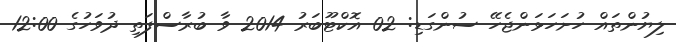
ލިޔުންތައް ހުށަހަޅަންޖެހޭ ސުންގަޑި: 02 އޮކްޓޫބަރު 2014 ވާ ބުރާސްފަތި ދުވަހުގެ 12:00